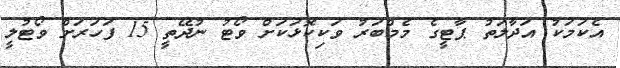
އެކަމަކު އަދާލަތު ޕާޓީގެ މެމްބަރު ވަކިކޮޅަކަށް ވޯޓު ނުދޭތީ 15 ފަހަރަށް ވޯޓުލީ